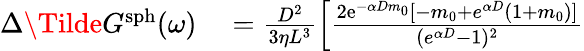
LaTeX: \begin{array}{rl}{\Delta\Tilde{G}^{\mathrm{sph}}(\omega)}&{{}=\frac{D^{2}}{3\eta L^{3}}\left[\frac{2\mathrm{e}^{-\alpha Dm_{0}}[-m_{0}+e^{\alpha D}(1+m_{0})]}{({e}^{\alpha D}-1)^{2}}\right.}\end{array}